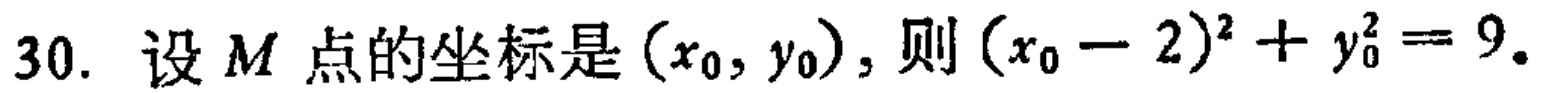
30. 设\(M\)点的坐标是\((x_0,y_0)\)，则\((x_0 - 2)^2 + y_0^2 = 9\)。